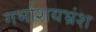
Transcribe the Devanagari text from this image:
गर्भाशयभ्रंश